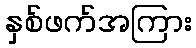
နှစ်ဖက်အကြား